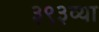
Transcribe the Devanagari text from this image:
३९३व्या